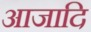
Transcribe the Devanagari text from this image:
आजादि